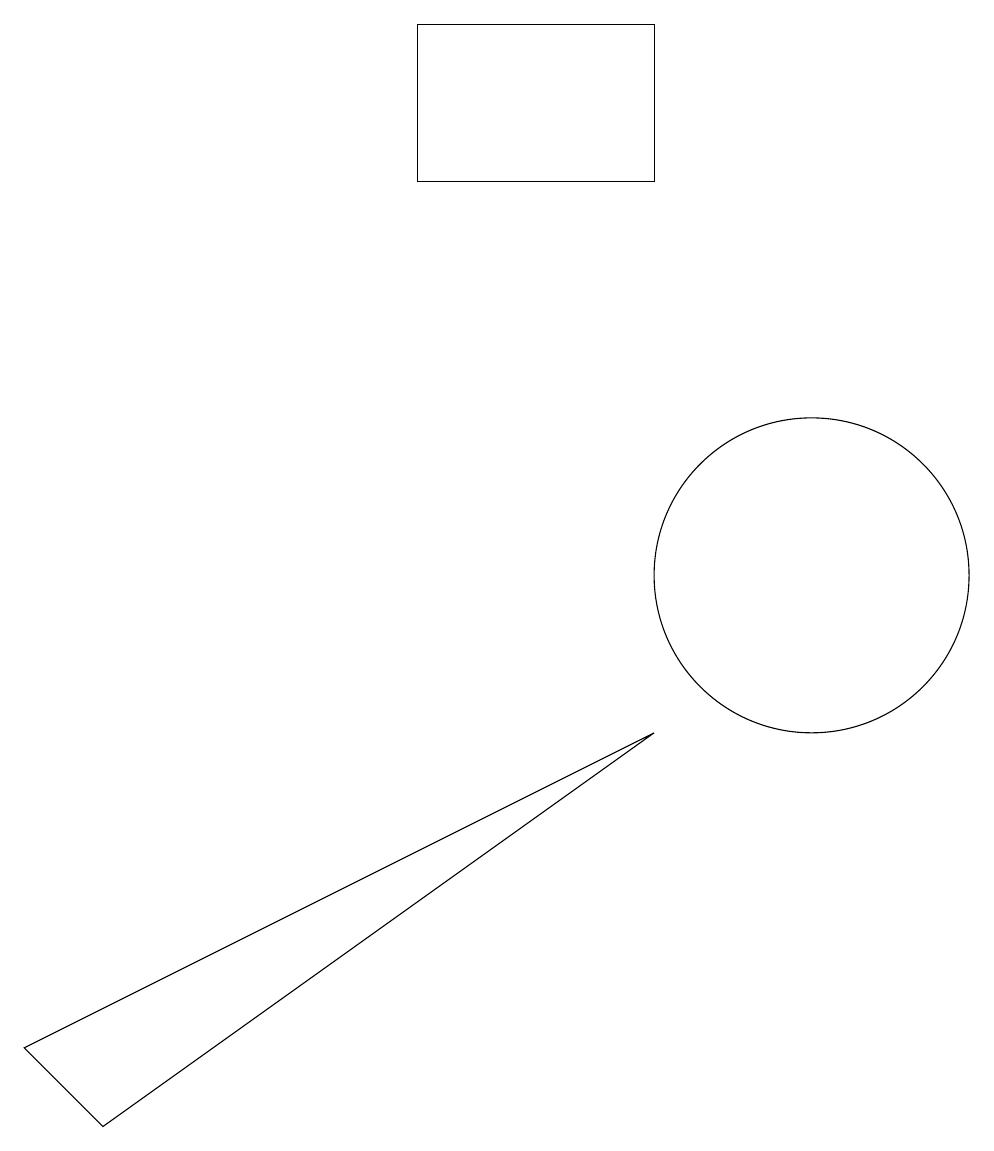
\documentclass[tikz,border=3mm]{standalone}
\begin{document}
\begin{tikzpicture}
\draw (8,15) rectangle (5,17);
\draw (10,10) circle (2);
\draw (0,4) -- (1,3) -- (8,8) -- cycle;
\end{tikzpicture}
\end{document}